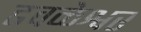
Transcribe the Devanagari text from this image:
ढवळेश्वर